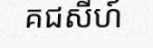
គជសីហ៍